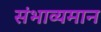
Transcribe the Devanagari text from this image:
संभाव्यमान